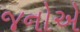
જનોએ